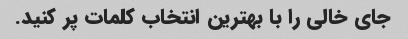
جای خالی را با بهترین انتخاب کلمات پر کنید.